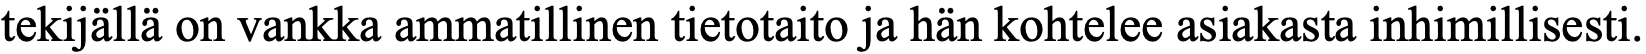
tekijällä on vankka ammatillinen tietotaito ja hän kohtelee asiakasta inhimillisesti.